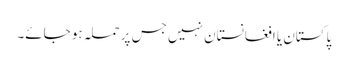
پاکستان یا افغانستان نہیں جس پر حملہ ہو جائے۔